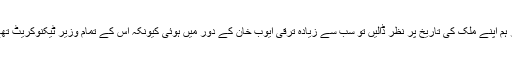
اگر ہم اپنے ملک کی تاریخ پر نظر ڈالیں تو سب سے زیادہ ترقی ایوب خان کے دور میں ہوئی کیونکہ اس کے تمام وزیر ٹیکنوکریٹ تھے۔